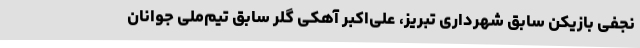
نجفی بازیکن سابق شهرداری تبریز، علی‌اکبر آهکی گلر سابق تیم‌ملی جوانان